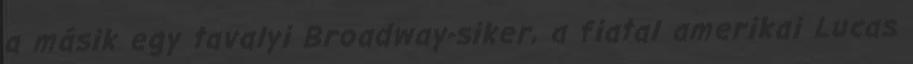
a másik egy tavalyi Broadway-siker, a fiatal amerikai Lucas